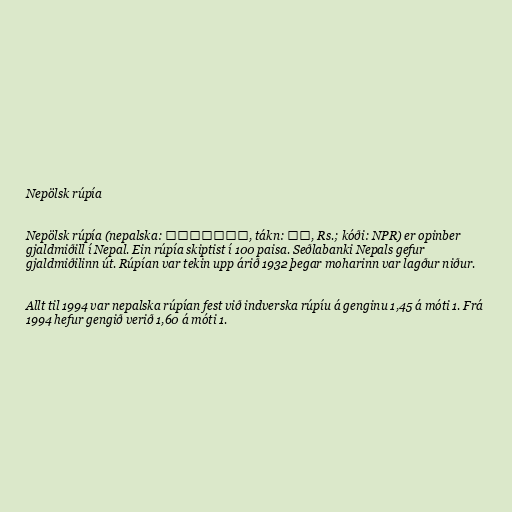
Nepölsk rúpía

Nepölsk rúpía (nepalska: रूपैयाँ, tákn: रू, Rs.; kóði: NPR) er opinber
gjaldmiðill í Nepal. Ein rúpía skiptist í 100 paisa. Seðlabanki Nepals gefur
gjaldmiðilinn út. Rúpían var tekin upp árið 1932 þegar moharinn var lagður niður.

Allt til 1994 var nepalska rúpían fest við indverska rúpíu á genginu 1,45 á móti 1. Frá
1994 hefur gengið verið 1,60 á móti 1.